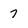
Character: 7